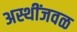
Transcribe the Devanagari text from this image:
अस्थींजवळ